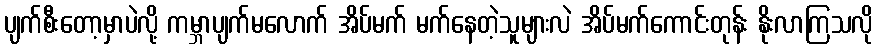
ပျက်စီးတော့မှာပဲလို့ ကမ္ဘာပျက်မလောက် အိပ်မက် မက်နေတဲ့သူများလဲ အိပ်မက်ကောင်းတုန်း နိုးလာကြသလို